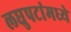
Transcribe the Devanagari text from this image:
लघुपटांमध्ये